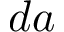
d a